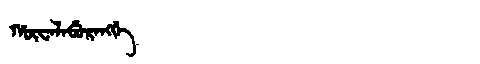
Manchu: ᡥᡡᠸᠠᠯᠠᠪᡠᡵᠠᠩᡤᡝ
Romanization: HŪWALABURANGGE